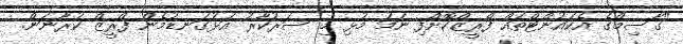
"ގާސިމްގެ އެކައުންޓްތައް ފްރީޒްކޮށްފި ނަމަ މުޅި މި ސަރުކާރު އަޅުގަނޑުމެން ފްރީޒް ކުރާނަން.